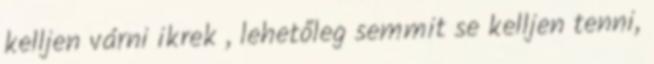
kelljen várni ikrek , lehetőleg semmit se kelljen tenni,